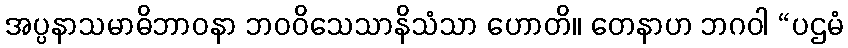
အပ္ပနာသမာဓိဘာဝနာ ဘဝဝိသေသာနိသံသာ ဟောတိ။ တေနာဟ ဘဂဝါ “ပဌမံ